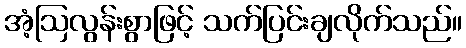
အံ့ဩလွန်းစွာဖြင့် သက်ပြင်းချလိုက်သည်။